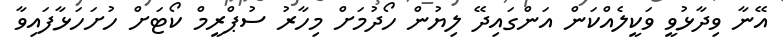
އޭނާ ވިދާޅުވީ ވަކީލެއްކަން އަންގައިދޭ ލިޔުން ހޯދުމަށް މިހާރު ސުޕްރީމް ކޯޓަށް ހުށަހަޅާފައިވާ